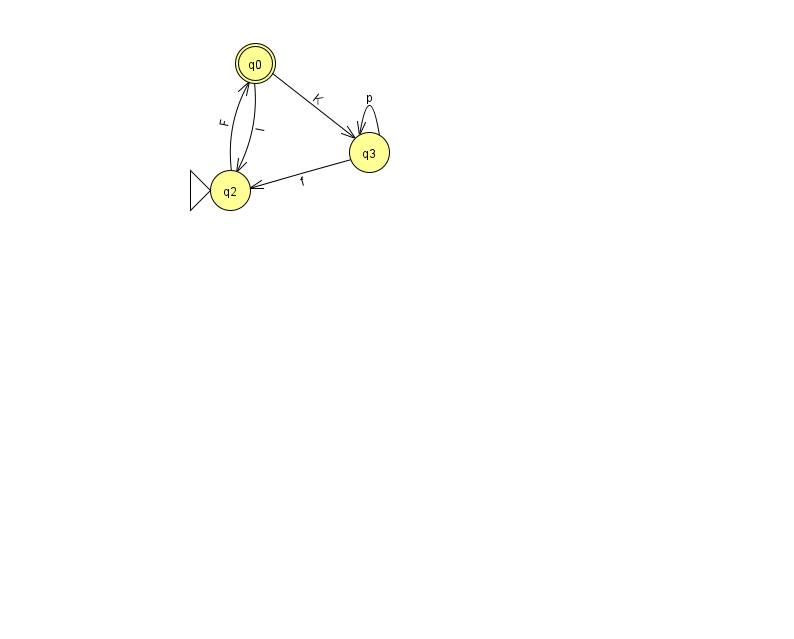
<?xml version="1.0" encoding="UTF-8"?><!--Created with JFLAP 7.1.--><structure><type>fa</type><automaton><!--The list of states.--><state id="0" name="q0"><x>255.0</x><y>50.0</y><final/></state><state id="2" name="q2"><x>230.0</x><y>177.0</y><initial/></state><state id="3" name="q3"><x>369.0</x><y>139.0</y></state><!--The list of transitions.--><transition><from>3</from><to>3</to><read>p</read></transition><transition><from>3</from><to>2</to><read>f</read></transition><transition><from>0</from><to>2</to><read>I</read></transition><transition><from>0</from><to>3</to><read>K</read></transition><transition><from>2</from><to>0</to><read>F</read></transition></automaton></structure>